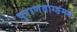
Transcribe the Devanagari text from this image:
पुराणवाग्ङमय